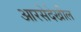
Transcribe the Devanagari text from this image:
आरसेदेखील